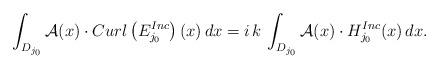
LaTeX: \begin{align*}\int_{D_{j_{0}}} \mathcal{A}(x) \cdot Curl\left( E^{Inc}_{j_{0}}\right)(x) \, dx = i \, k \, \int_{D_{j_{0}}} \mathcal{A}(x) \cdot H^{Inc}_{j_{0}}(x) \, dx. \end{align*}